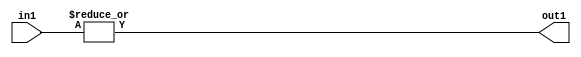
`timescale 1ps / 1ps
/*****************************************************************************
    Verilog RTL Description
    
    
    Created by: Stratus DpOpt 2019.1.01 
*******************************************************************************/

module in_buff_OrReduction_4U_1U_1 (
	in1,
	out1
	); /* architecture "behavioural" */ 
input [3:0] in1;
output  out1;
wire  asc001;

assign asc001 = 
	(|in1);

assign out1 = asc001;
endmodule

/* CADENCE  urT5TQ4= : u9/ySgnWtBlWxVPRXgAZ4Og= ** DO NOT EDIT THIS LINE ******/